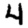
Digit: 4